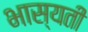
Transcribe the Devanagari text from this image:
भास्यती